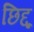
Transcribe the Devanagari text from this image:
छिद्दू